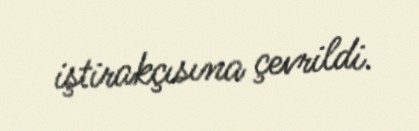
iştirakçısına çevrildi.